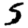
Digit: 5